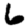
Digit: 6